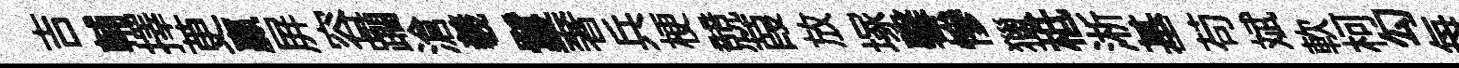
吉輔擇茰贏屛容躪滄羲鬘奢兵梗競葭放塚馨慘獵柢淅基苟斌軟柯勾每